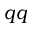
q q